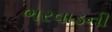
ભરવાડની